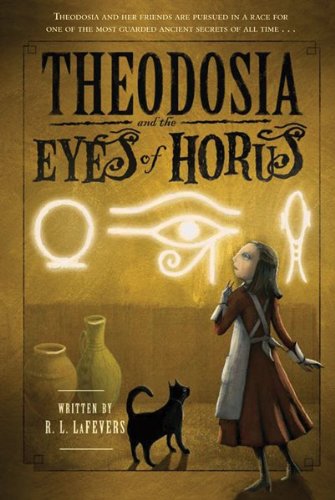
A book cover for Theodosia and the Eyes of Horus; R. L. LaFevers; Children's Books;